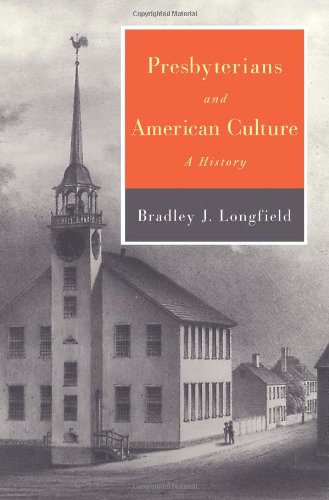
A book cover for Presbyterians and American Culture: A History; Bradley J. Longfield; Christian Books & Bibles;